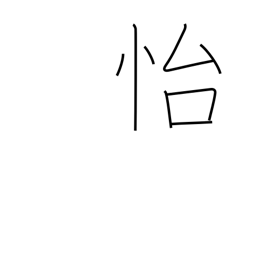
Meaning: enjoy